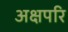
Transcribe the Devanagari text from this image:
अक्षपरि